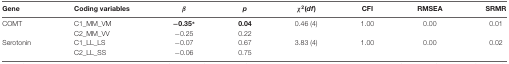
<table><thead><tr><td><b>Gene</b></td><td><b>Coding variables</b></td><td><b><i>β</i></b></td><td><b><i>p</i></b></td><td><b>χ<sup>2</sup>(<i>df</i>)</b></td><td><b>CFI</b></td><td><b>RMSEA</b></td><td><b>SRMR</b></td></tr></thead><tbody><tr><td>COMT</td><td>C1_MM_VM</td><td><b>−0.35*</b></td><td><b>0.04</b></td><td>0.46 (4)</td><td>1.00</td><td>0.00</td><td>0.01</td></tr><tr><td></td><td>C2_MM_VV</td><td>−0.25</td><td>0.22</td><td></td><td></td><td></td></tr><tr><td>Serotonin</td><td>C1_LL_LS</td><td>−0.07</td><td>0.67</td><td>3.83 (4)</td><td>1.00</td><td>0.00</td><td>0.02</td></tr><tr><td></td><td>C2_LL_SS</td><td>−0.06</td><td>0.75</td><td></td><td></td><td></td></tr></tbody></table>